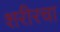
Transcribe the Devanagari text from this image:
शरीरचा